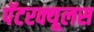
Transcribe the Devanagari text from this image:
पॅटरक्यूलस